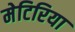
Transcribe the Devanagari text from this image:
मेटिरिया